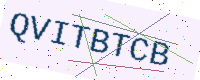
Text: QVITBTCB